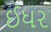
ઈધર